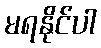
မရနိုင်ပါ